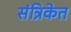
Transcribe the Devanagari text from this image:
संत्रिकेत